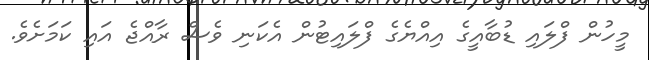
މީހުން ފްލައި ޑުބާއީގެ އިއްޔެގެ ފްލައިޓުން އެކަނި ވެސް ރާއްޖެ އައި ކަމަށެވެ.